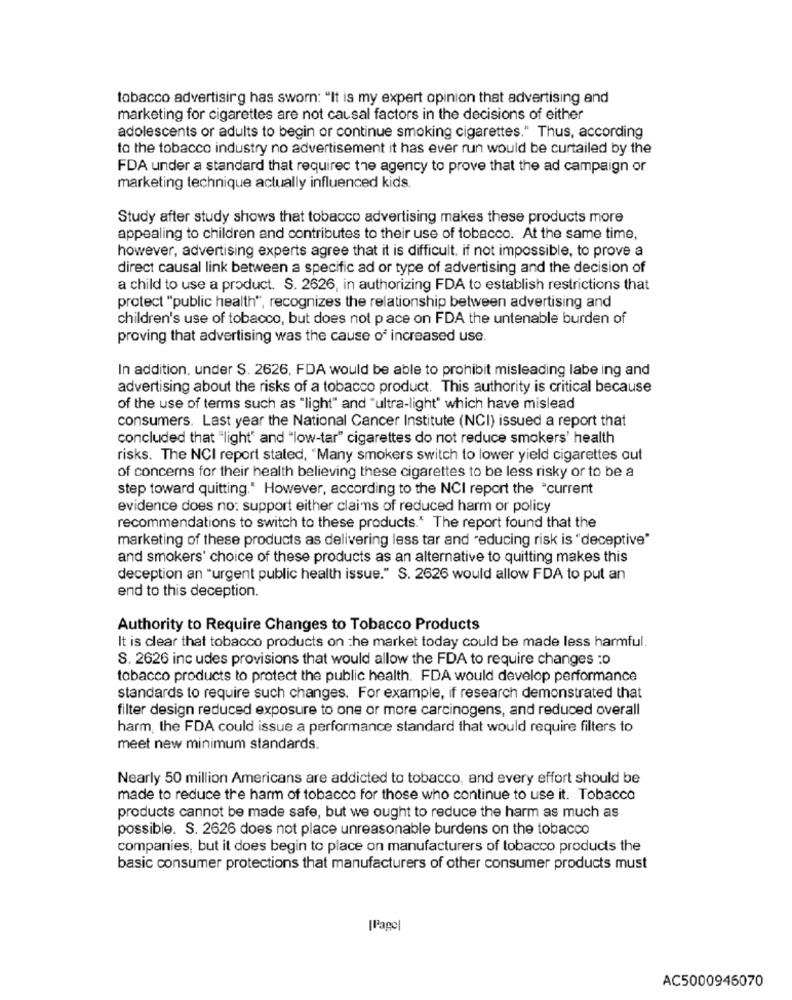
tobacco advertising has sworn: "It is my expert opinion that advertising and
marketing for cigarettes are not causal factors in the decisions of either
adolescents or adults to begin or continue smoking cigarettes." Thus, according
to the tobacco industry no advertisement it has ever run would be curtailed by the
FDA under a standard that requirec the agency to prove that the ad campaign or
marketing technique actually influenced kids
Study after study shows that tobacco advertising makes these products more
appealing to children and contributes to their use of tobacco. At the same time,
however, advertising experts agree that it is difficult, if not impossible, to prove a
direct causal link between a specific ad or type of advertising and the decision of
a child to use a product. S. 2626, in authorizing FDA to establish restrictions that
protect "public health", recognizes the relationship between advertising and
children's use of tobacco, but does not pace on FDA the untenable burden of
proving that advertising was the cause of increased use.
In addition, under S. 2626, FDA would be able to prohibit misleading labe ing and
advertising about the risks of a tobacco product. This authority is critical because
of the use of terms such as "light" and "ultra-light" which have mislead
consumers. Last year the National Cancer Institute (NCI) issued a report that
concluded that "light" and "low-tar" cigarettes do not reduce smokers' health
risks. The NCI report stated, "Many smokers switch to lower yield cigarettes out
of concerns for their health believing these cigarettes to be less risky or to be a
step toward quitting." However, according to the NCI report the current
evidence does no: support either claims of reduced harm or policy
recommendations to switch to these products." The report found that the
marketing of these products as delivering less tar and reducing risk is "deceptive"
and smokers' choice of these products as an alternative to quitting makes this
deception an "urgent public health issue." S. 2626 would allow FDA to put an
end to this deception.
Authority to Require Changes to Tobacco Products
It is clear that tobacco products on the market today could be made less harmful.
S. 2626 inc udes provisions that would allow the FDA to require changes :o
tobacco products to protect the public health. FDA would develop performance
standards to require such changes. For example, if research demonstrated that
filter design reduced exposure to one or more carcinogens, and reduced overall
harm, the FDA could issue a performance standard that would require filters to
meet new minimum standards.
Nearly 50 million Americans are addicted to tobacco, and every effort should be
made to reduce the harm of tobacco for those who continue to use it. Tobacco
products cannot be made safe, but we ought to reduce the harm as much as
possible. S. 2626 does not place unreasonable burdens on the tobacco
companies, but it does begin to place on manufacturers of tobacco products the
basic consumer protections that manufacturers of other consumer products must
[Page]
AC5000946070